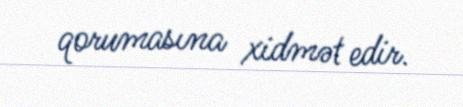
qorumasına xidmət edir.